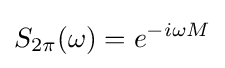
S_{2\pi }(\omega )=e^{-i\omega M}